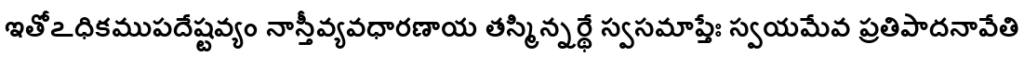
ఇతోఽధికముపదేష్టవ్యం నాస్తీవ్యవధారణాయ తస్మిన్నర్థే స్వసమాప్తేః స్వయమేవ ప్రతిపాదనావేతి